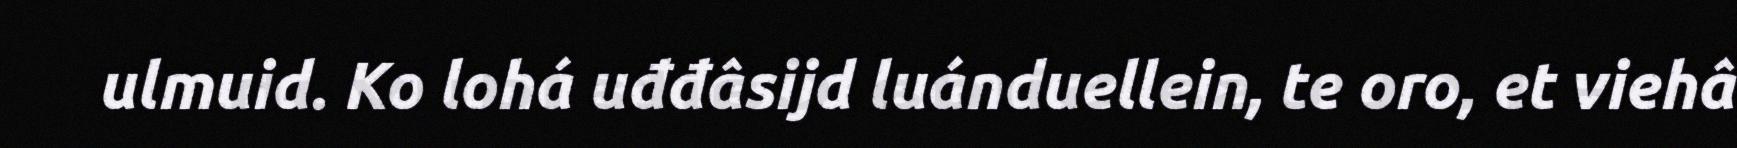
ulmuid. Ko lohá uđđâsijd luánduellein, te oro, et viehâ